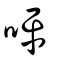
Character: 呯